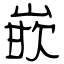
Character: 嵌